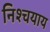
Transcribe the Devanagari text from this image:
निश्चयाय